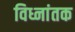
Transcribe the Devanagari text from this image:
विध्नांतक